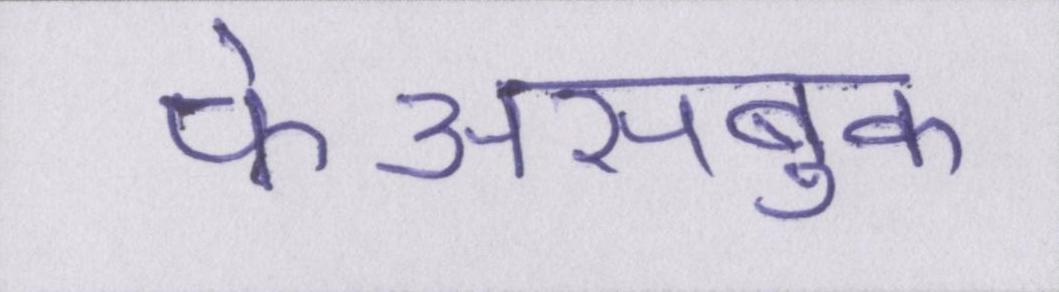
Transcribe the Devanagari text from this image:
फेअसबुक